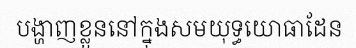
បង្ហាញខ្លួននៅក្នុងសមយុទ្ធយោធាដែន